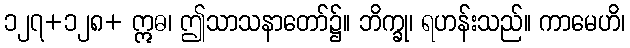
၁၂၇+၁၂၈+ ဣဓ၊ ဤသာသနာတော်၌။ ဘိက္ခု၊ ရဟန်းသည်။ ကာမေဟိ၊